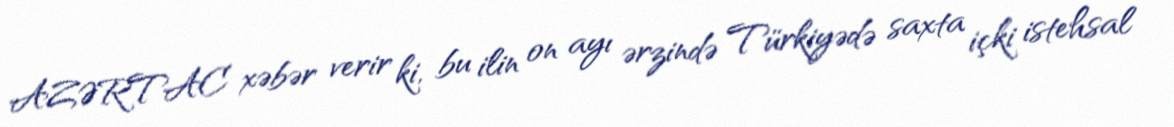
AZƏRTAC xəbər verir ki, bu ilin on ayı ərzində Türkiyədə saxta içki istehsal